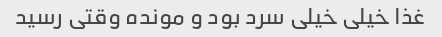
غذا خیلی خیلی سرد بود و مونده وقتی رسید